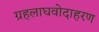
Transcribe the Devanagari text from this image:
ग्रहलाघवोदाहरण